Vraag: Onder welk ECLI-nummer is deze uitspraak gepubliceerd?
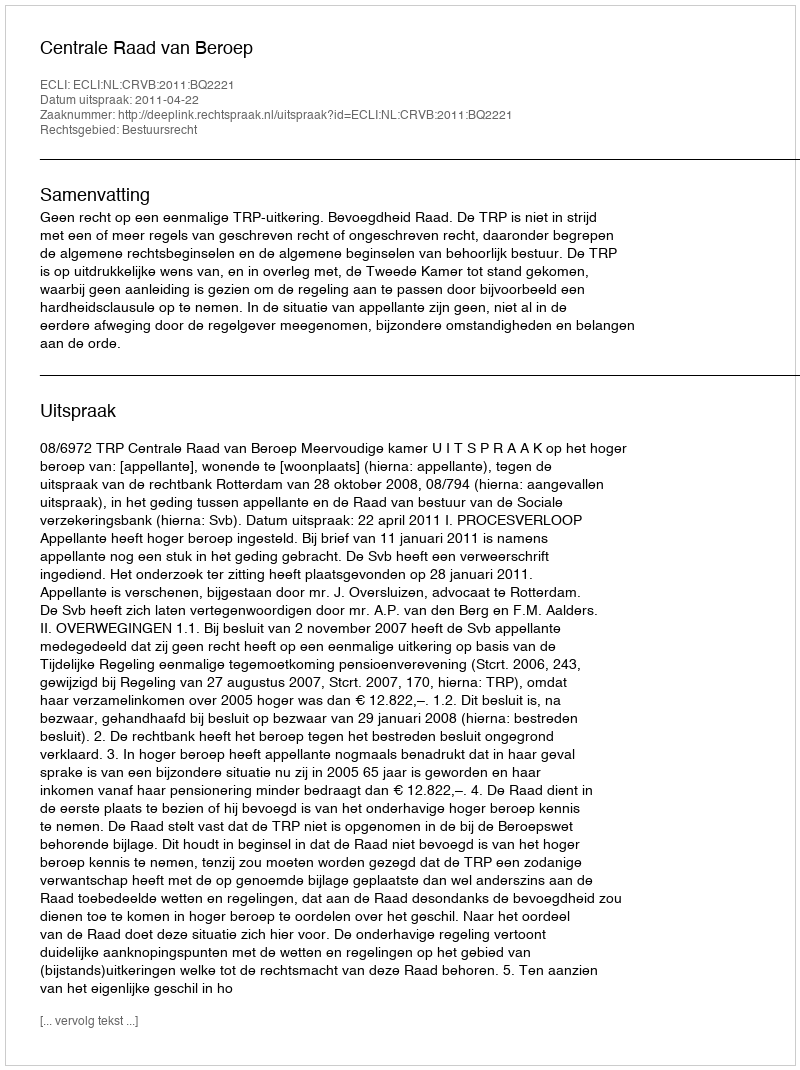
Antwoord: ECLI:NL:CRVB:2011:BQ2221